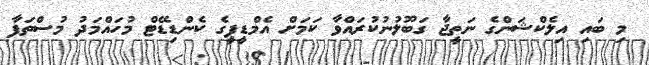
މި ބައި އިލެކްޝަންގެ ނަތީޖާ ގަބޫލުނުކުރައްވާ ކަމަށް އެމްޑީޕީގެ ކެންޑިޑޭޓް މުހައްމަދު މުސްތަފާ